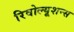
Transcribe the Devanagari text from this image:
रिवोल्यूशन्स